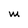
Character: M